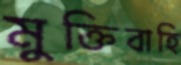
মুক্তিবাহি